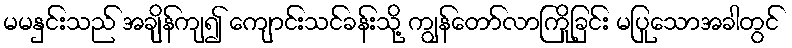
မမနှင်းသည် အချိန်ကျ၍ ကျောင်းသင်ခန်းသို့ ကျွန်တော်လာကြိုခြင်း မပြုသောအခါတွင်